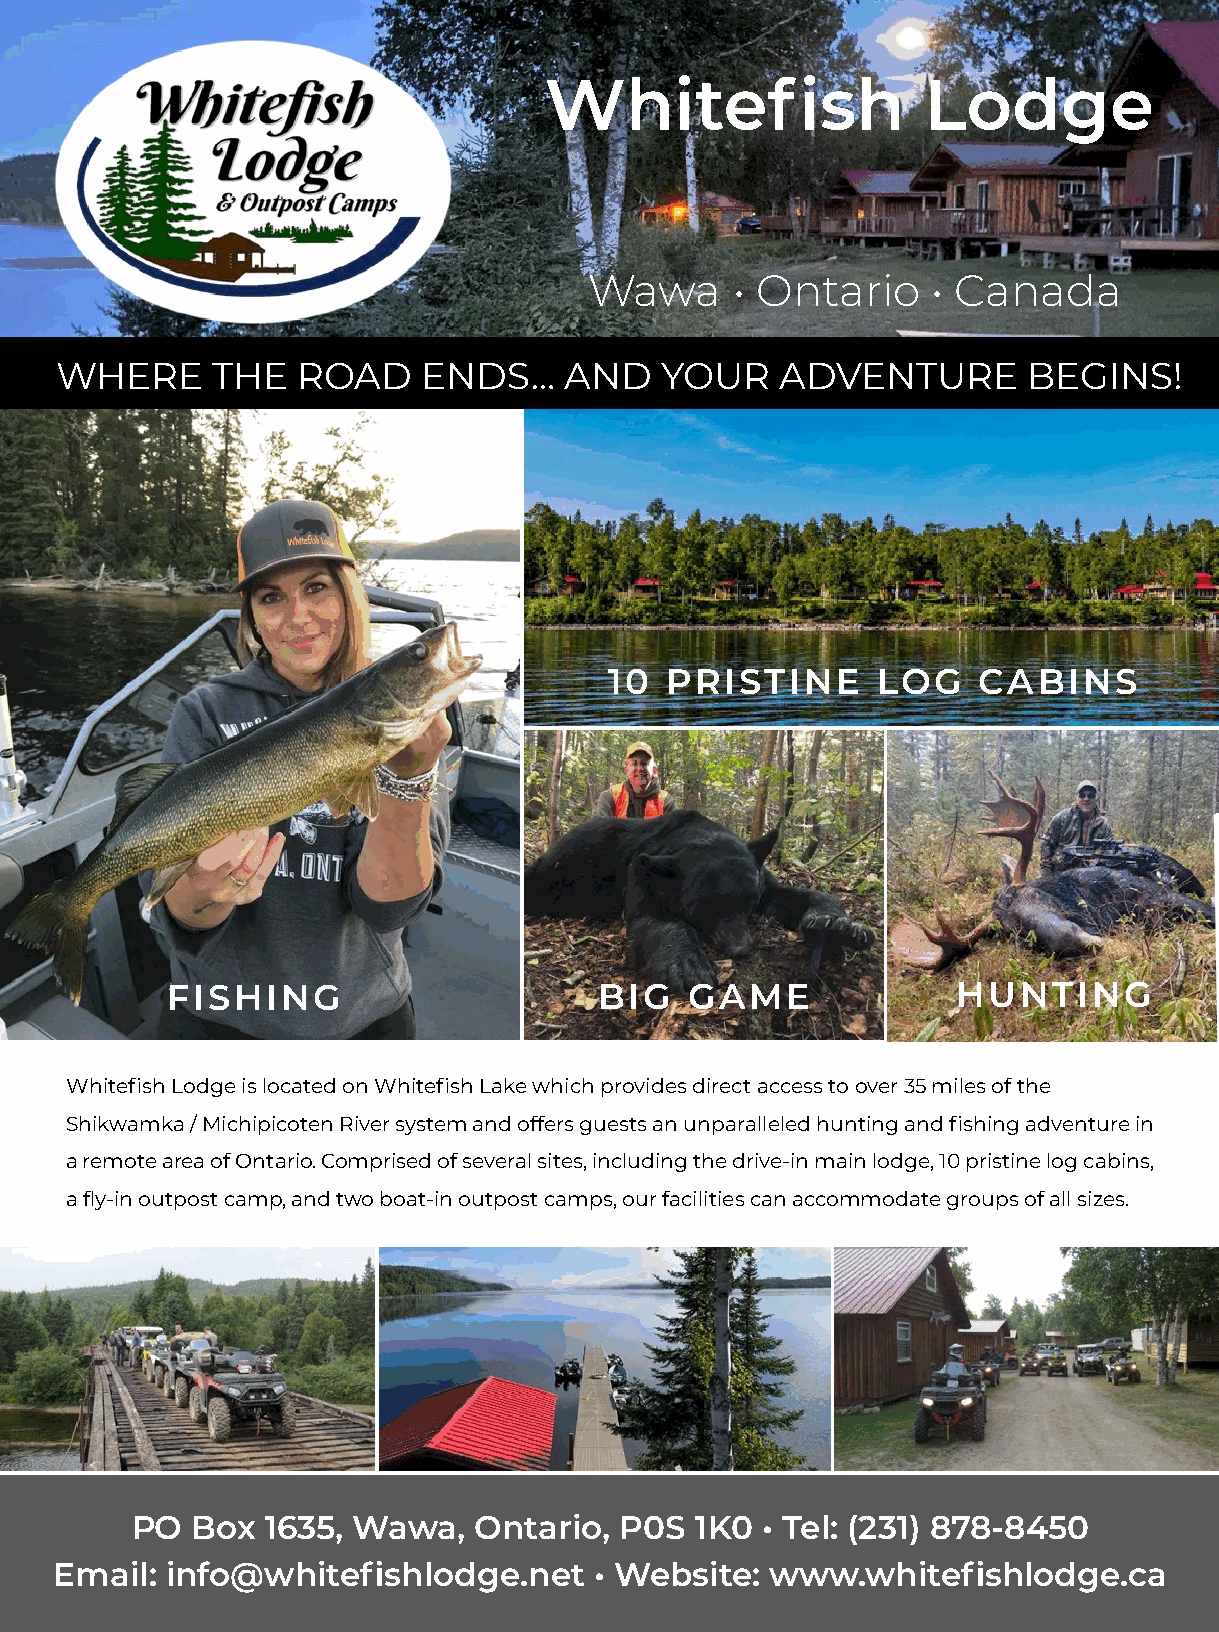
Whitefish                Lodge
 Wawa      • Ontario    • Canada
 WHERE     THE   ROAD    ENDS…    AND    YOUR    ADVENTURE       BEGINS!
 10  PRISTINE      LOG    CABINS
 FISHING                      BIG   GAME             HUNTING
 Whitefish Lodge is located on Whitefish Lake which provides direct access to over 35 miles of the
 Shikwamka / Michipicoten River system and offers guests an unparalleled hunting and fishing adventure in
 a remote area of Ontario. Comprised of several sites, including the drive-in main lodge, 10 pristine log cabins,
 a fly-in outpost camp, and two boat-in outpost camps, our facilities can accommodate groups of all sizes.
 PO  Box  1635, Wawa,  Ontario,  P0S  1K0 • Tel: (231) 878-8450
 Email: info@whitefishlodge.net     • Website:  www.whitefishlodge.ca